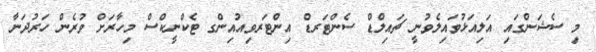
މި ސެޝަންގައި އަލިއަޅުވައިލެވުނީ ޗައިލްޑް ސެންޓަރޑް އިންޓަރވިއުއިންގ ޓެކްނީކްސް މިހާރަށް ވުރެން ހަރުދަނާ